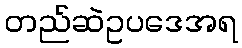
တည်ဆဲဥပဒေအရ